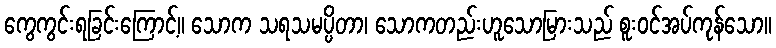
ကွေကွင်းရခြင်းကြောင့်။ သောက သရသမပ္ပိတာ၊ သောကတည်းဟူသောမြားသည် စူးဝင်အပ်ကုန်သော။